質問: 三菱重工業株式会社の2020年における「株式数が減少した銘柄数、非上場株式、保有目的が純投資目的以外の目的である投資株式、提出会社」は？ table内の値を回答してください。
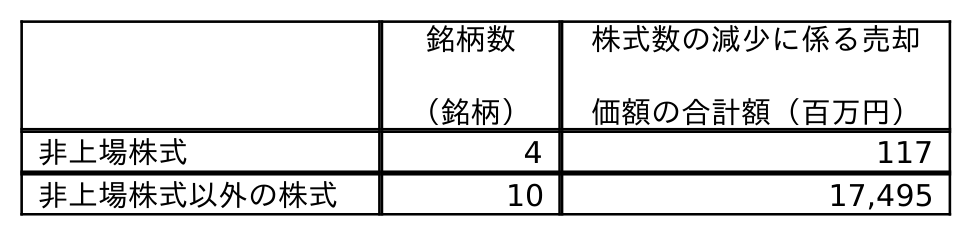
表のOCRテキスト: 銘柄数 （銘柄） 株式数の減少に係る売却 価額の合計額（百万円） 非上場株式 4 117 非上場株式以外の株式 10 17,495
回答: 4